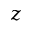
z